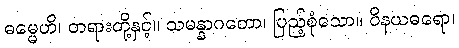
ဓမ္မေဟိ၊ တရားတို့နှင့်။ သမန္နာဂတော၊ ပြည့်စုံသော။ ဝိနယဓရော၊